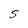
Character: S